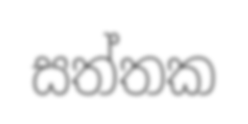
සත්තක